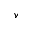
v